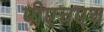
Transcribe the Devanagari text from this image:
पीएचएच